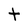
Character: t